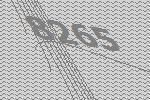
8265